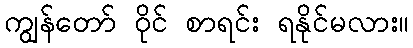
ကျွန်တော် ဝိုင် စာရင်း ရနိုင်မလား။